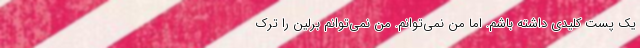
یک پست کلیدی داشته باشم. اما من نمی‌توانم. من نمی‌توانم برلین را ترک